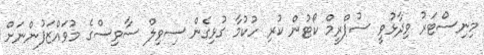
މިނިސްޓަރު ވިދާޅުވީ ސުޕްރީމް ކޯޓުން ކުރި ހުކުމާ ގުޅިގެން ސިވިލް ސާވިސްގެ މުވައްޒަފުންނަށް